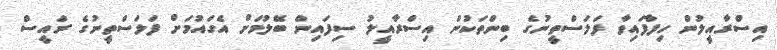
އިސްރާއީލުން ހިފާފައިވާ ފަލަސްތީނުގެ ބިންތަކުން އިސްރާއީލު ސިފައިން ބޭލުމަށް އެގައުމަށް ފަލަސްތީނުގެ ރައީސް